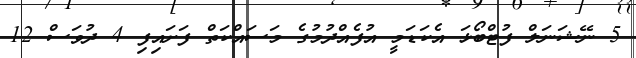
5 ނޭޝަނަލް ފުޓްބޯޅަ އެކަޑަމީ އުފެއްދުމުގެ މަސައްކަތް ފަށައިފި 4 ދުވަސް 12